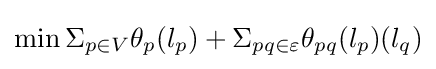
\min \Sigma _{p\in V}\theta _{p}(l_{p})+\Sigma _{pq\in \varepsilon }\theta _{pq}(l_{p})(l_{q})